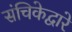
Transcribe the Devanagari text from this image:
संचिकेद्वारे